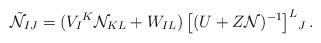
LaTeX: \begin{align*}\tilde{\cal N}_{IJ} = (V_I{}^K {\cal N}_{KL}+ W_{IL} )\,\big[(U+ Z{\cal N})^{-1}\big]^L{}_J \,.\end{align*}